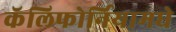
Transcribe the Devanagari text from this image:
कॅलिफोर्नियामधे